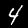
Digit: 4